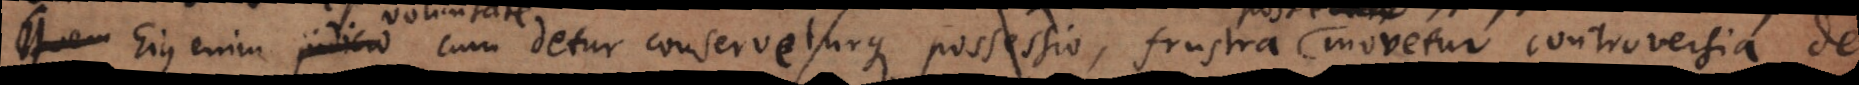
voluntate cum detur conserveturque possessio, frustra movetur controversia de